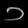
Digit: ၁